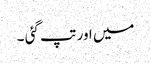
میں اور تپ گئی ۔